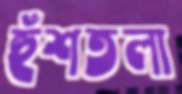
হুঁশতলা